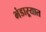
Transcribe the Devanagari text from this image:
भंडाऱ्यात